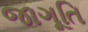
જાગૂતિ